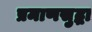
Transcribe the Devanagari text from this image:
प्रमाणसुद्धा